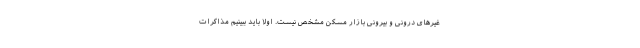
غیرهای درونی و بیرونی بازار مسکن مشخص نیست. اولا باید ببینیم مذاکرات